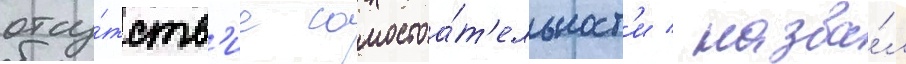
отсу́тств'ие самостоа́т'ельност'и / назва́л